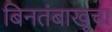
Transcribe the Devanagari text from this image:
बिनतंबाखूचा